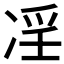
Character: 𠗝